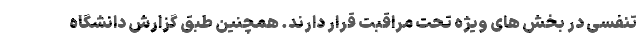
تنفسی در بخش های ویژه تحت مراقبت قرار دارند. همچنین طبق گزارش دانشگاه